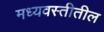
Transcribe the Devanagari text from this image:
मध्यवस्तीतील